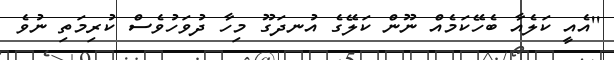
''އެއީ ކަލެއާ ބެހޭކަމެއް ނޫން ކަލޭގެ އުނދަގޫ މިހާ ދުވަހުވެސް ކުރިމަތި ނުވެ